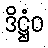
ဒိဋ္ဌံဝ